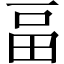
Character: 畐